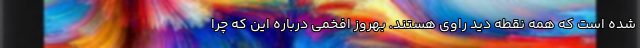
شده است که همه نقطه دید راوی هستند. بهروز افخمی درباره این که چرا